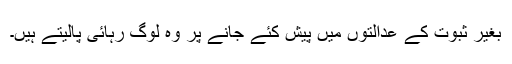
بغیر ثبوت کے عدالتوں میں پیش کئے جانے پر وہ لوگ رہائی پالیتے ہیں۔